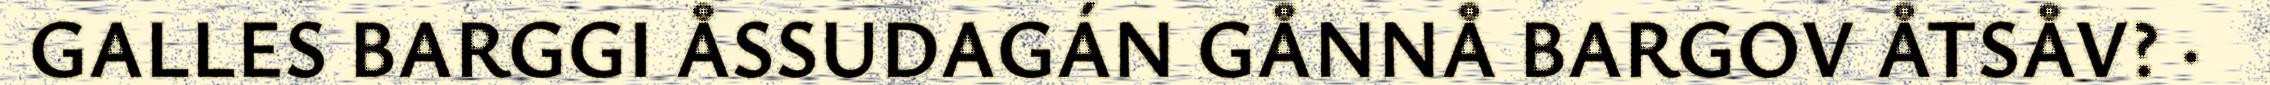
GALLES BARGGI ÅSSUDAGÁN GÅNNÅ BARGOV ÅTSÅV? ·